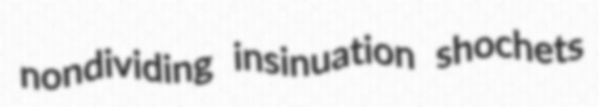
nondividing insinuation shochets